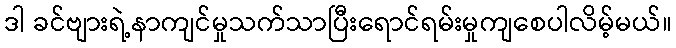
ဒါ ခင်ဗျားရဲ့နာကျင်မှုသက်သာပြီးရောင်ရမ်းမှုကျစေပါလိမ့်မယ်။